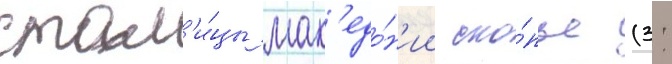
стол'и́цы мак'едо́н'ии ско́пье (3: